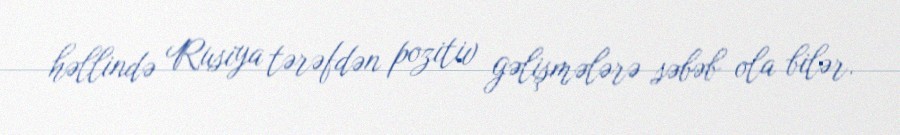
həllində Rusiya tərəfdən pozitiv gəlişmələrə səbəb ola bilər.